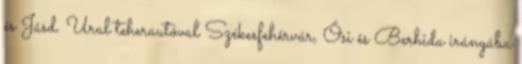
és Jásd. Ural teherautóval Székesfehérvár, Ősi és Berhida irányába